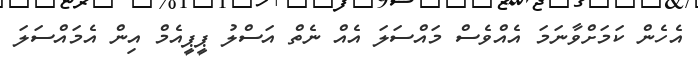
އެހެން ކަމަށްވާނަމަ އެއްވެސް މައްސަލަ އެއް ނެތް އަސްލު ޕީޕީއެމް އިން އެމައްސަލަ